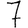
Digit: 7